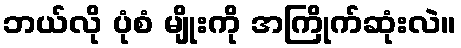
ဘယ်လို ပုံစံ မျိုးကို အကြိုက်ဆုံးလဲ။